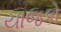
યાજકો